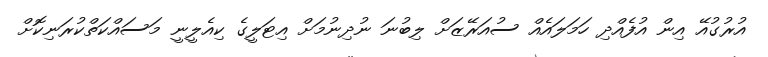
އުރުގުއޭ އިން އުފެއްދި ހަމަލައެއް ސުއަރޭޒަށް ލިބުނަ ނުދިނުމަށް އިޓަލީގެ ކިއެލީނީ މަސައްކަތްކުރަނިކޮށް